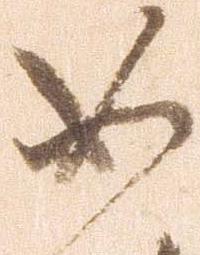
如